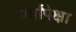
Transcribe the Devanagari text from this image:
सर्वांपेक्षा